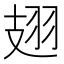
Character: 翅